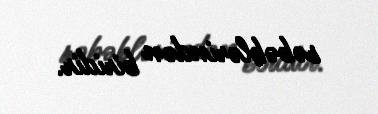
səbəblərindən biridir.